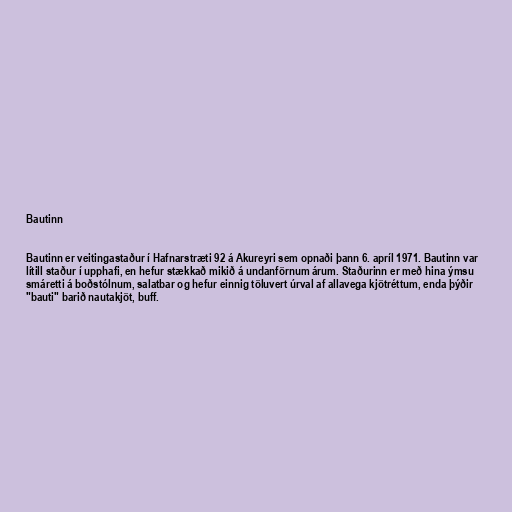
Bautinn

Bautinn er veitingastaður í Hafnarstræti 92 á Akureyri sem opnaði þann 6. apríl 1971. Bautinn var
lítill staður í upphafi, en hefur stækkað mikið á undanförnum árum. Staðurinn er með hina ýmsu
smáretti á boðstólnum, salatbar og hefur einnig töluvert úrval af allavega kjötréttum, enda þýðir
"bauti" barið nautakjöt, buff.